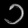
Digit: ၁